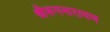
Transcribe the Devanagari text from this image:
श्रीरूपनारायण